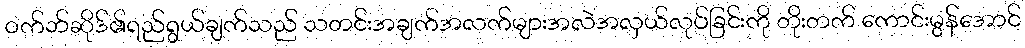
ဝက်ဘ်ဆိုဒ်၏ရည်ရွယ်ချက်သည် သတင်းအချက်အလက်များအလဲအလှယ်လုပ်ခြင်းကို တိုးတက် ကောင်းမွန်အောင်